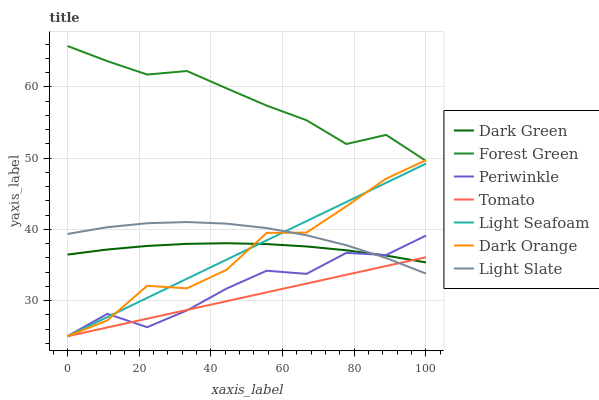
| xaxis_label | Dark Green | Forest Green | Periwinkle | Tomato | Light Seafoam | Dark Orange | Light Slate |
 | --- | --- | --- | --- | --- | --- | --- | --- |
 | 0 | 36.5 | 65.7 | 25 | 25 | 25 | 25 | 39.4 |
 | 11.1 | 37.2 | 63.6 | 28.1 | 26.2 | 27.7 | 27.2 | 40.3 |
 | 22.2 | 37.7 | 61.7 | 26.3 | 27.5 | 30.4 | 32.1 | 40.9 |
 | 33.3 | 38 | 62.2 | 28.6 | 28.7 | 33.1 | 31.7 | 41 |
 | 44.4 | 38.1 | 59.8 | 31.7 | 29.9 | 35.8 | 34.4 | 40.8 |
 | 55.6 | 37.9 | 57.4 | 34.2 | 31.2 | 38.5 | 39.5 | 40.2 |
 | 66.7 | 37.6 | 55.3 | 33.8 | 32.4 | 41.2 | 39.6 | 39.2 |
 | 77.8 | 37.1 | 52 | 36.7 | 33.6 | 43.9 | 43.2 | 37.8 |
 | 88.9 | 36.3 | 53.3 | 36.4 | 34.9 | 46.5 | 47.1 | 36 |
 | 100 | 35.4 | 49.6 | 39.1 | 36.1 | 49.2 | 49.7 | 33.8 |